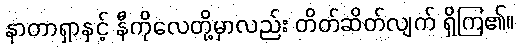
နာတာရှာနှင့် နီကိုလေတို့မှာလည်း တိတ်ဆိတ်လျက် ရှိကြ၏။